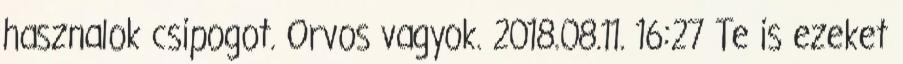
hasznalok csipogot. Orvos vagyok. 2018.08.11. 16:27 Te is ezeket